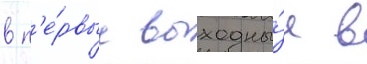
в п'е́рвые выходны́е в